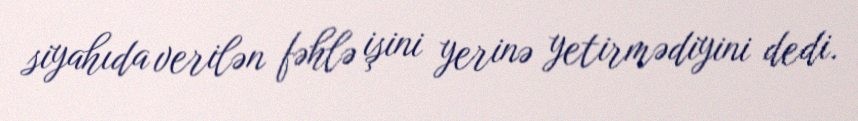
siyahıda verilən fəhlə işini yerinə yetirmədiyini dedi.